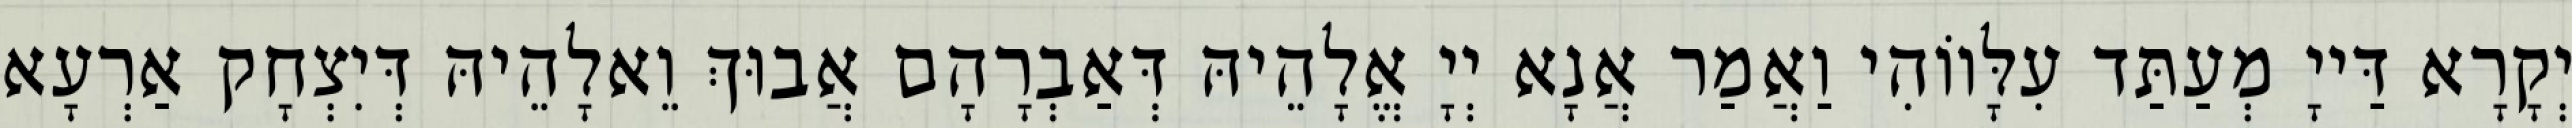
יְקָרָא דַּייָ מְעַתַּד עִלָּווֹהִי וַאֲמַר אֲנָא יְיָ אֱלָהֵיהּ דְּאַבְרָהָם אֲבוּךְ וֵאלָהֵיהּ דְּיִצְחָק אַרְעָא